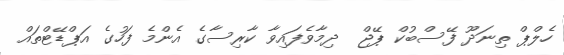
ހެލްޕް ތިނަދޫ ފޭސްބުކް ޕޭޖް  ދިމާވެފައިވާ ކާރިސާގެ އެންމެ ފަހުގެ އަޕްޑޭޓްތައް